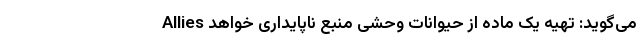
Allies می‌گوید: تهیه یک ماده از حیوانات وحشی منبع ناپایداری خواهد